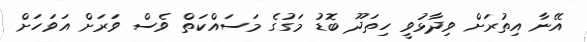
އޭނާ އިތުރަށް ވިދާޅުވީ ހިތަދޫ ބޮޑު މަގުގެ މަސައްކަތް ވެސް ވަރަށް އަވަހަށް